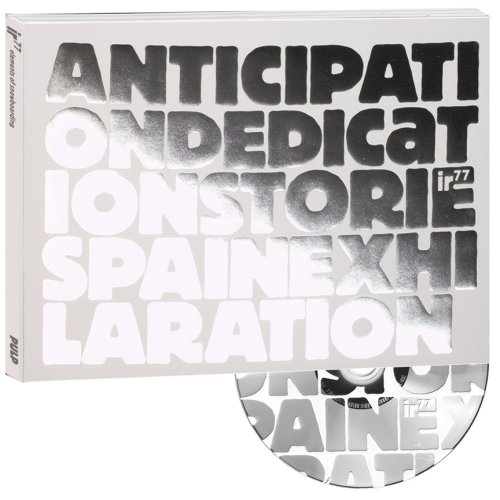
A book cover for ir77, elements of snowboarding; Lukas Huffman; Arts & Photography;